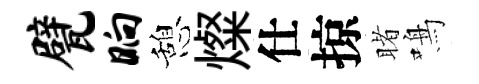
甓晌憩燦仕掠睹鳴